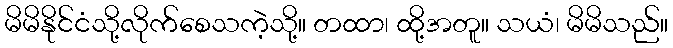
မိမိနိုင်ငံသို့လိုက်စေသကဲ့သို့။ တထာ၊ ထို့အတူ။ သယံ၊ မိမိသည်။